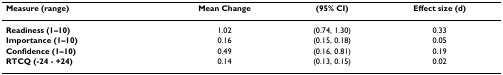
| Measure (range) | Mean Change | (95% CI) | Effect size (d) |
 | --- | --- | --- | --- |
 | Readiness (1–10) | 1.02 | (0.74, 1.30) | 0.33 |
 | Importance (1–10) | 0.16 | (0.15, 0.18) | 0.05 |
 | Confidence (1–10) | 0.49 | (0.16, 0.81) | 0.19 |
 | RTCQ (-24 - +24) | 0.14 | (0.13, 0.15) | 0.02 |